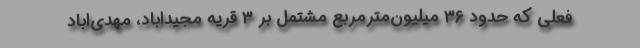
فعلی که حدود ۳۶ میلیون‌مترمربع مشتمل بر ۳ قریه مجیداباد، مهدی‌اباد